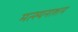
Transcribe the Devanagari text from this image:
मत्स्यनाशन